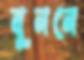
বুননে